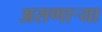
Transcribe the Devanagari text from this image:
असणार्‍या